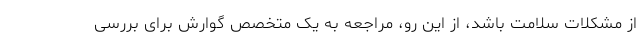
از مشکلات سلامت باشد، از این رو، مراجعه به یک متخصص گوارش برای بررسی